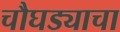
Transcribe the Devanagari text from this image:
चौघड्याचा